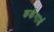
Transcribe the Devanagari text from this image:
कर्कगार्ड